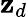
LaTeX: \mathbf{z}_{d}